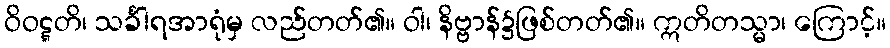
ဝိဝဋ္ဋတိ၊ သင်္ခါရအာရုံမှ လည်တတ်၏။ ဝါ၊ နိဗ္ဗာန်၌ဖြစ်တတ်၏။ ဣတိတသ္မာ၊ ကြောင့်။